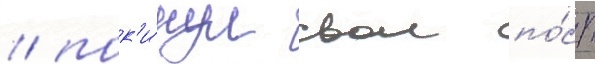
/ пок'и́нул свои по́ст